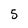
Character: 5